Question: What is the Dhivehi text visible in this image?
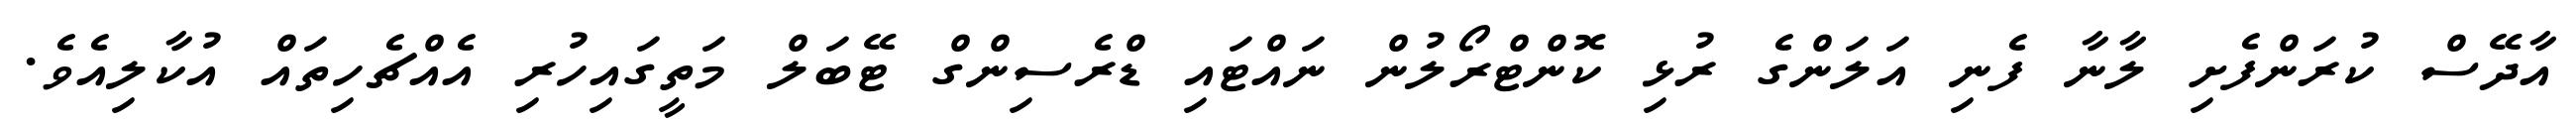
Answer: އާދޭސް ކުރަންފެށި ލާނާ ފެނި އަލަންގެ ރުޅި ކޮންޓްރޯލުން ނައްޓައި ޑްރެސިންގް ޓޭބަލް މަތީގައިހުރި އެއްޗެހިތައް އުކާލިއެވެ.